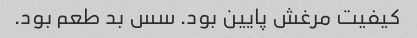
کیفیت مرغش پایین بود. سس بد طعم بود.